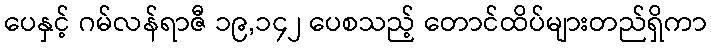
ပေနှင့် ဂမ်လန်ရာဇီ ၁၉,၁၄၂ ပေစသည့် တောင်ထိပ်များတည်ရှိကာ